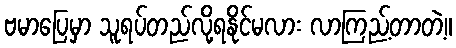
ဗမာပြေမှာ သူရပ်တည်လို့ရနိုင်မလား လာကြည့်တာတဲ့။